Dysentery in Hazaribagh Central Jail - Number 52
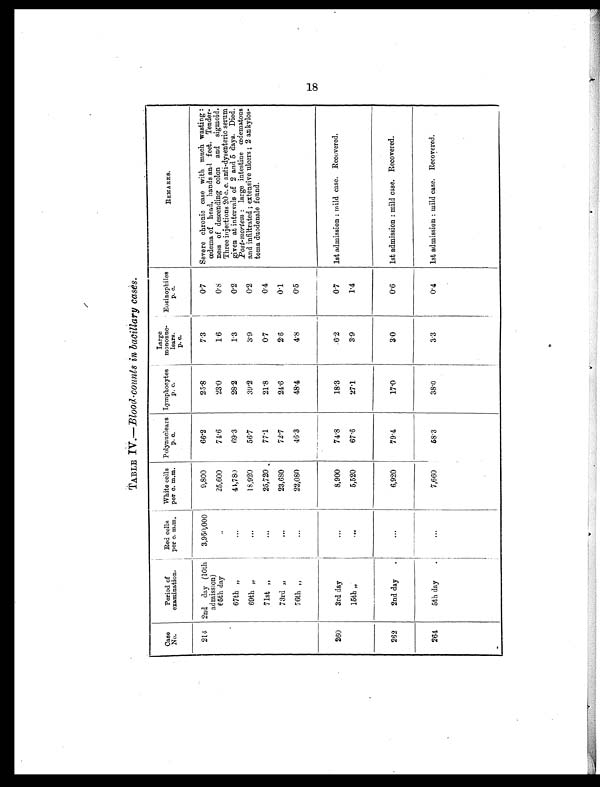
TABLE IV.— Blood counts in bacillary cases.
Case
No.
Period of
examination.
Red cells
per c. m.m.
White cells
per c. m.m.
Polynuclears
p. c.
Lymphocytes
p . c
.
Large
mononuc-
lears.
p. c.
Eosinophiles
p. c.
REMARKS.
214
2nd day (10th
admission)
6 5 t h d a y
3,950,000
9,800
66.2
25.8
7.3
0.7
Severe chronic case with much wasting:
œdema of head, hands and feet. Tender-
ness of descending colon and sigmoid.
Three injections 20 c. c. anti-dysenteric serum
given at intervals of 2 and 5 days. Died.
Post-mortem : large intestine œdematous
and infiltrated; extensive ulcers; 2 ankylos-
toma duodenale found.
. .
2 5 , 6 0 0
74.6
23.0
1.6
0.8
67th „
...
44,780
69.3
28.2
1.3
0.2
69th „
...
18,920
56.7
39.2
3.9
0.2
71st „
...
25,720
77.1
21.8
0.7
0 . 4
73rd „
...
23,680
72.7
24.6
2.6
0.1
76th „
. . .
22,080
46.3
48.4
4.8
0.5
260
3rd day
...
8 , 9 0 0
74.8
18.3
6.2
0.7
1st admission: mild case. Recovered.
15th „
...
5,520
67.6
27.1
3.9
1.4
262
2nd day
.
...
6,920
79.4
17.0
3.0
0.6
1st admission: mild case. Recovered.
264
5th day
.
...
7,660
58.3
38.0
3.3
0.4
1st admission: mild case. Recovered.
18